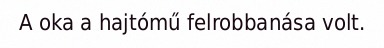
A oka a hajtómű felrobbanása volt.